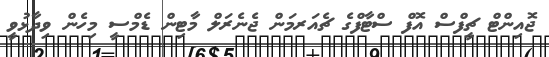
ޖޮއިންޓް ޗީފްސް އޮފް ސްޓާފްގެ ޗެއަރމަން ޖެނެރަލް މާޓިން ޑެމްސީ މިހެން ވިދާޅުވީ